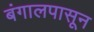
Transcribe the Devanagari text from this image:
बंगालपासून